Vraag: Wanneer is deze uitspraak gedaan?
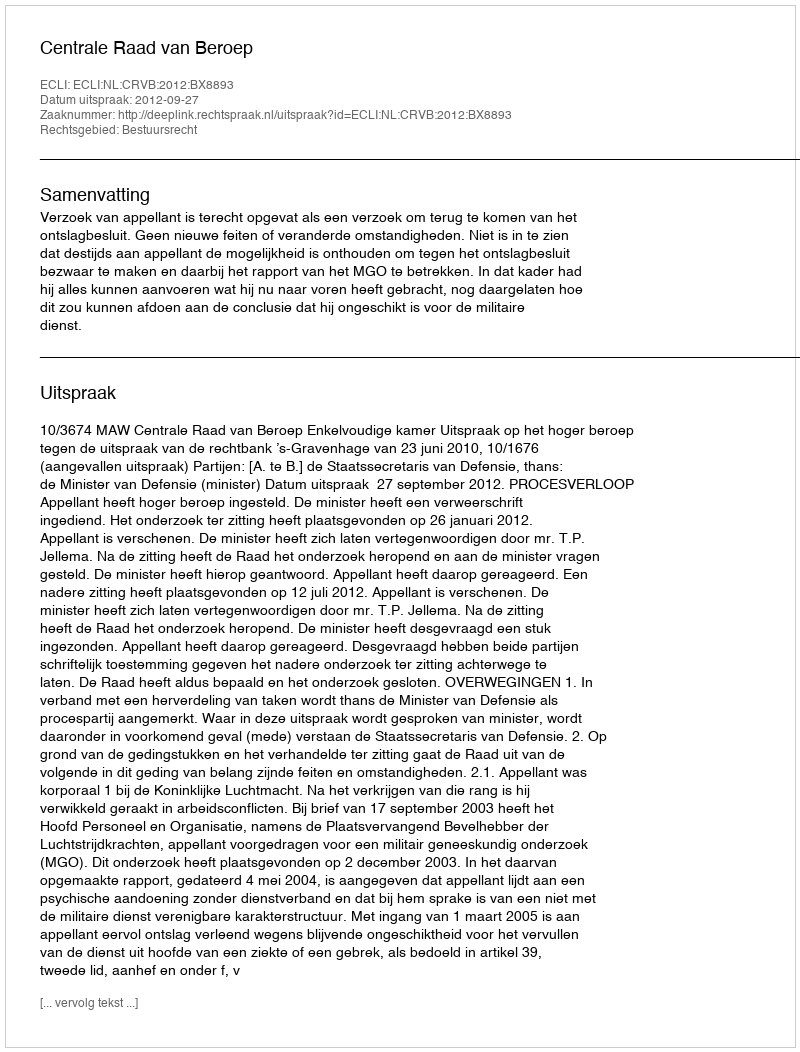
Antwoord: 2012-09-27